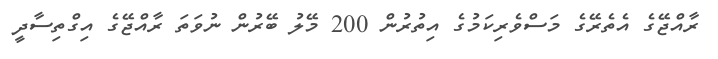
ރާއްޖޭގެ އެތެރޭގެ މަސްވެރިކަމުގެ އިތުރުން 200 މޭލު ބޭރުން ނުވަތަ ރާއްޖޭގެ އިގްތިސާދީ